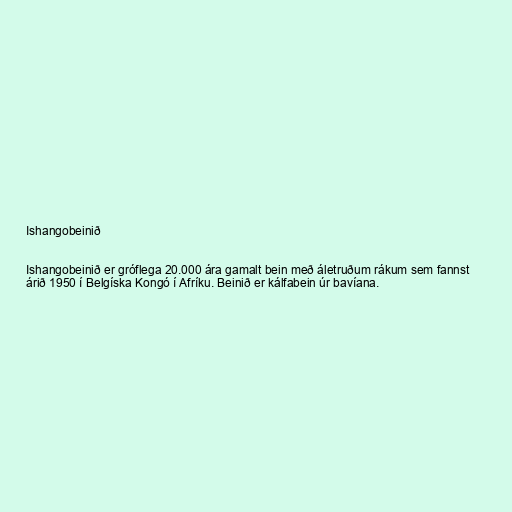
Ishangobeinið

Ishangobeinið er gróflega 20.000 ára gamalt bein með áletruðum rákum sem fannst
árið 1950 í Belgíska Kongó í Afríku. Beinið er kálfabein úr bavíana.